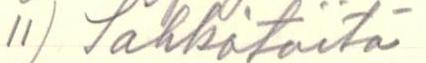
11) Sähkötöitä